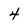
Character: 4